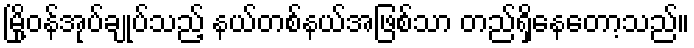
မြို့ဝန်အုပ်ချုပ်သည့် နယ်တစ်နယ်အဖြစ်သာ တည်ရှိနေတော့သည်။